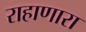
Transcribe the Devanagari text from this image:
राहाणारा